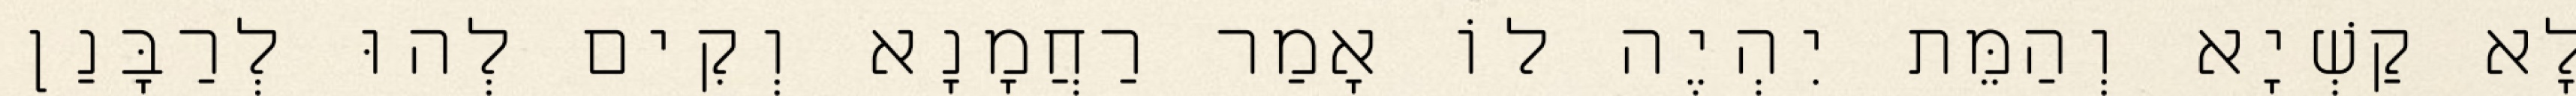
לָא קַשְׁיָא וְהַמֵּת יִהְיֶה לוֹ אָמַר רַחֲמָנָא וְקִים לְהוּ לְרַבָּנַן